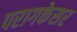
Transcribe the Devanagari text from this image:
परागकेसर